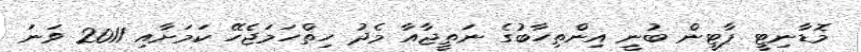
މޮޑާނިޓީ ޕާޓީން ބުނީ އިންތިހާބުގެ ނަތީޖާއާ މެދު ހިތްހަމަޖެހޭ ކަމަށާއި 2011 ވަނަ